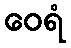
ဝေရံ